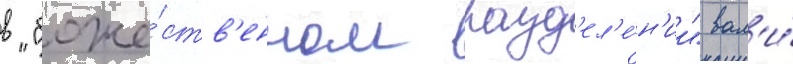
в "боже́ств'енном разд'ел'е́н'ии" вал'и́